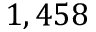
1 , 4 5 8